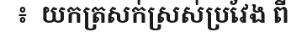
៖  យកត្រសក់ស្រស់ប្រវែង ពី